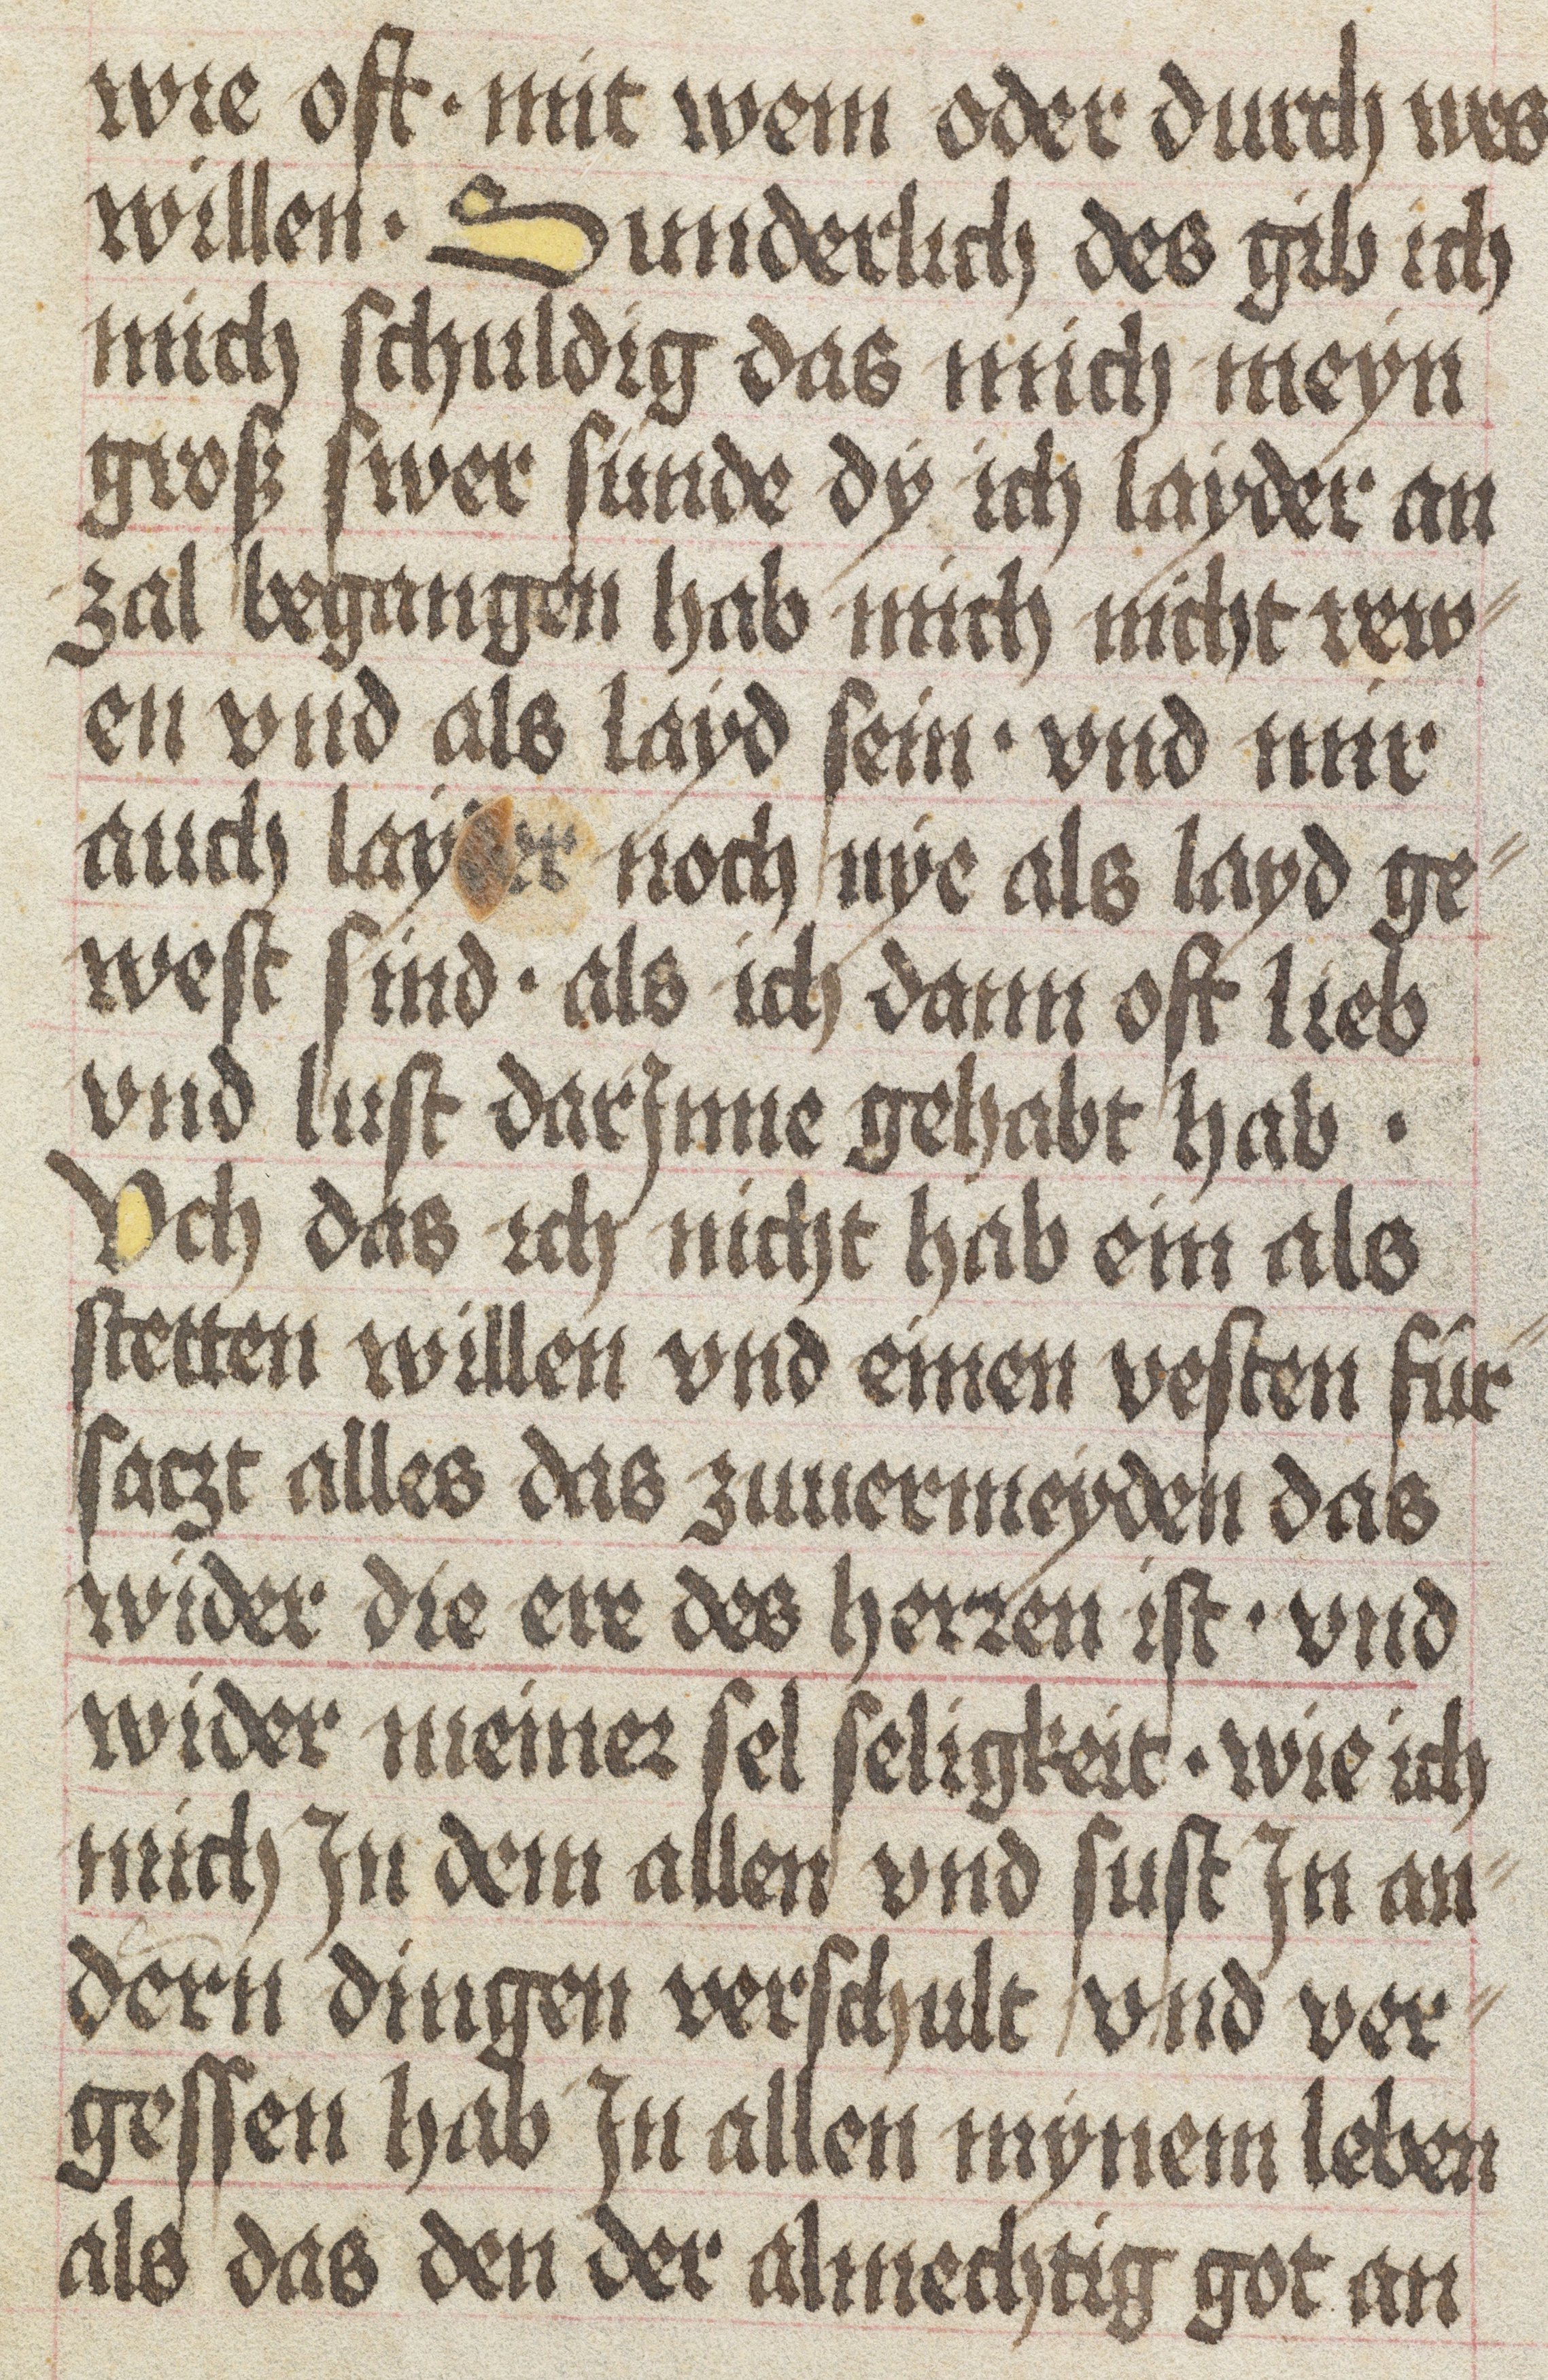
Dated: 1475–1499